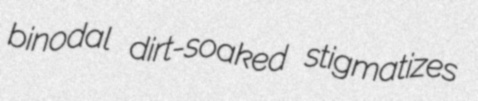
binodal dirt-soaked stigmatizes